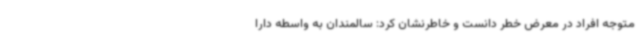
متوجه افراد در معرض خطر دانست و خاطرنشان کرد: سالمندان به واسطه دارا